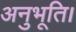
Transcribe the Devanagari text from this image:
अनुभूति।